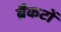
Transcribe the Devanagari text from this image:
ब्रैकटों